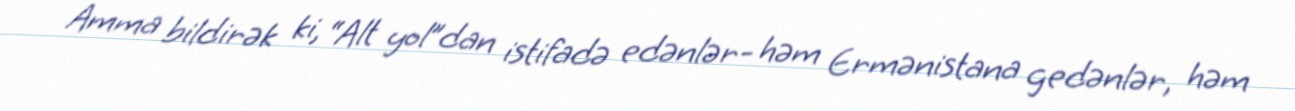
Amma bildirək ki, “Alt yol”dan istifadə edənlər- həm Ermənistana gedənlər, həm